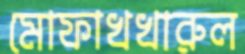
মোফাখখারুল